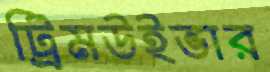
ট্রিমউইভার